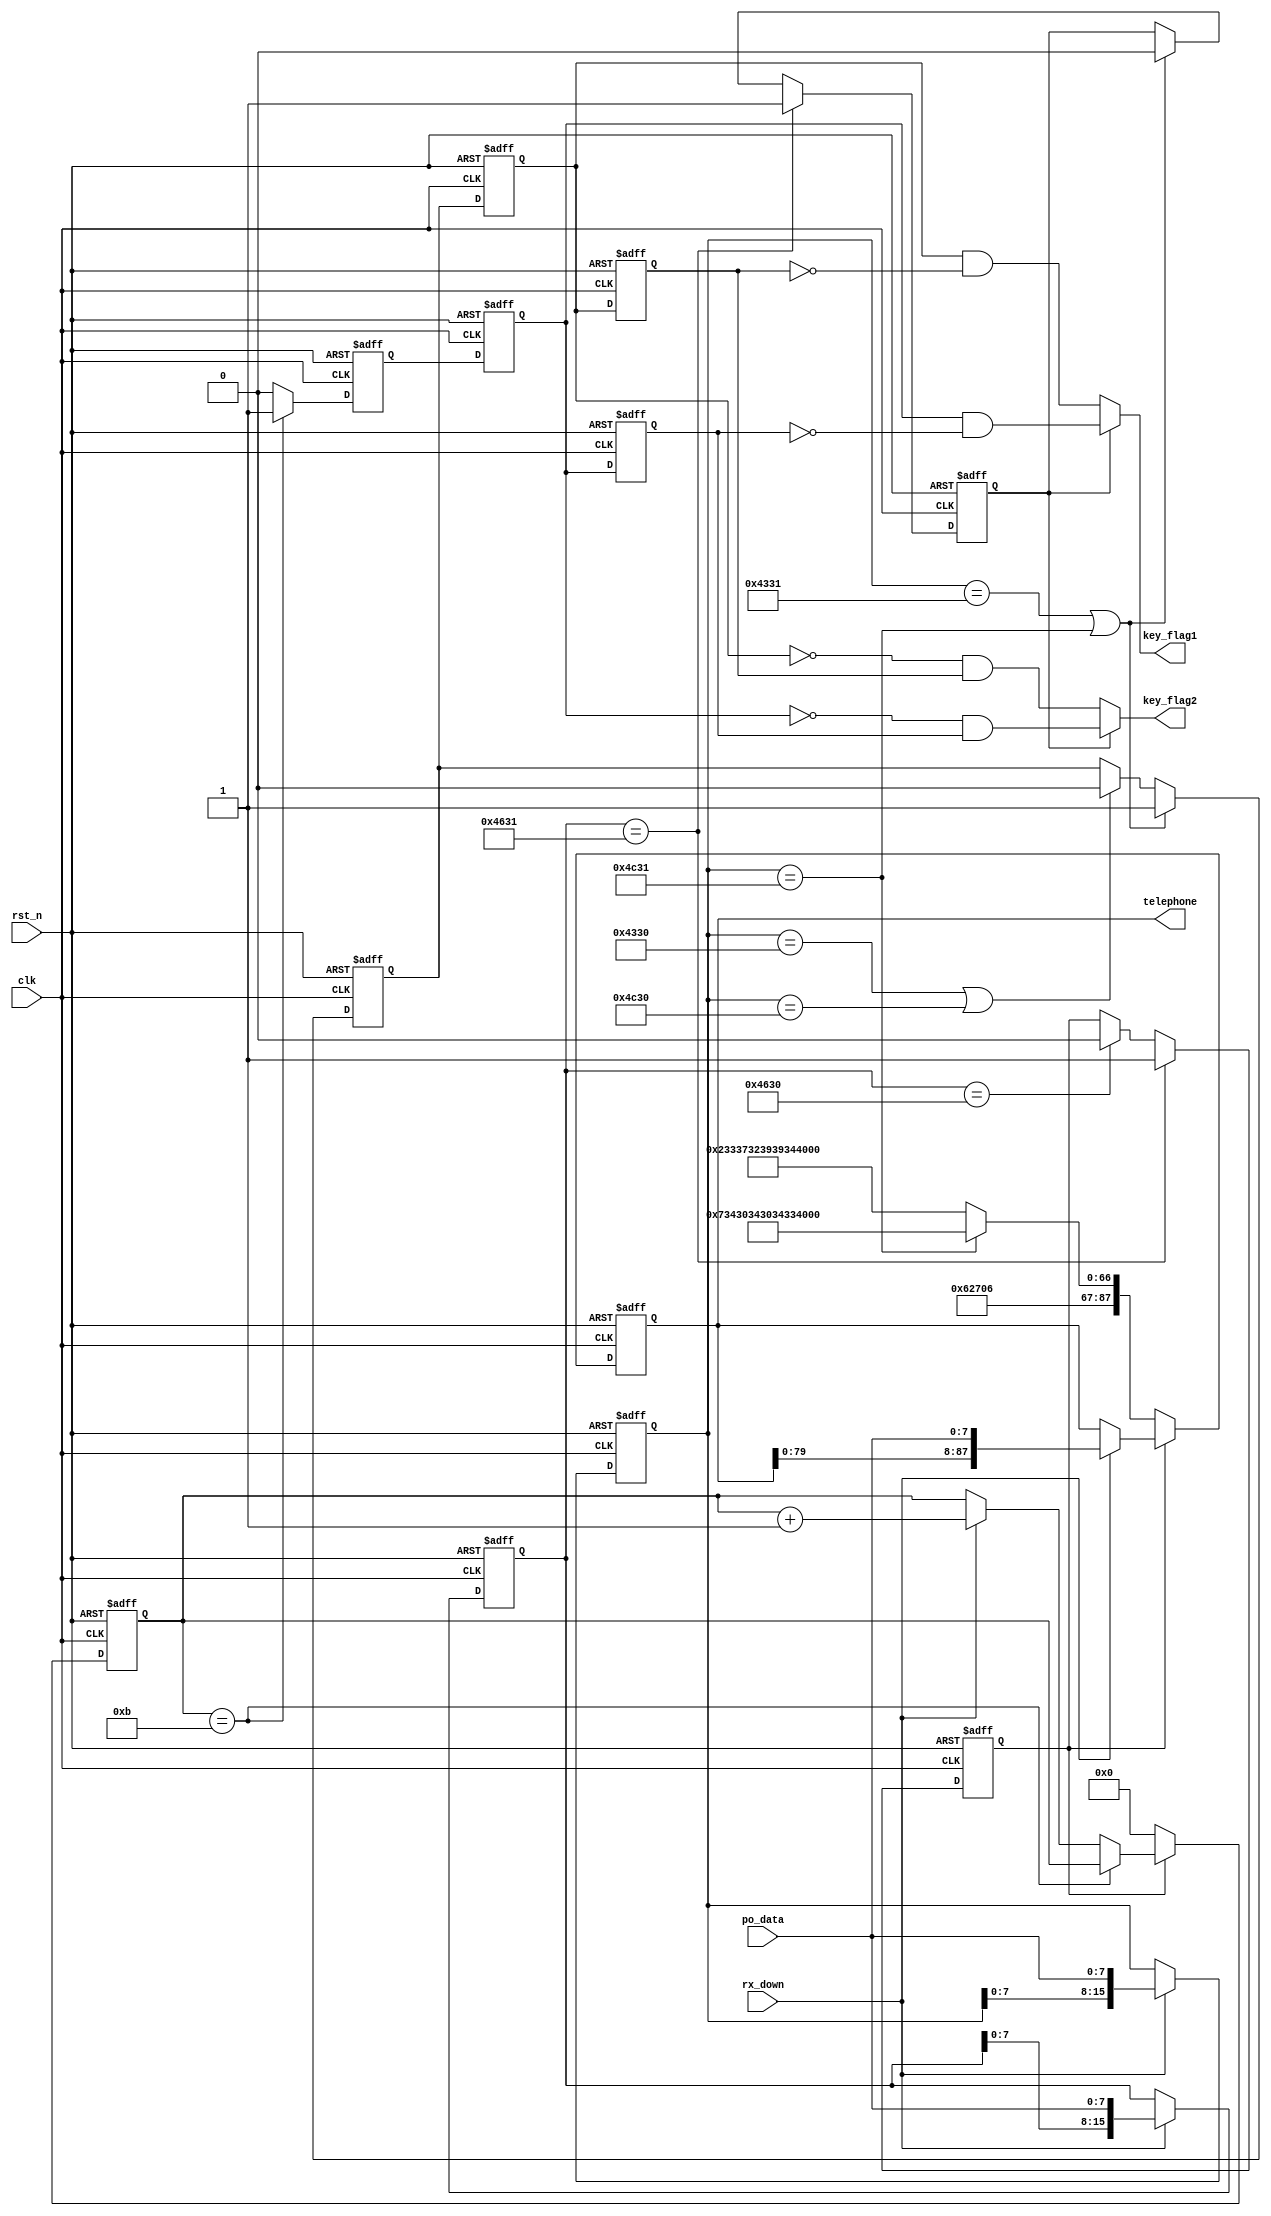
module power_te( clk,
	rst_n,
	po_data,
	rx_down,
	key_flag1,
	key_flag2,
	telephone
    );

	input clk;
	input rst_n;
	input [7:0]po_data;
	input rx_down;
	output  key_flag1;
	output  key_flag2;
	output reg [87:0]telephone;

parameter inst1 = "C1"; //1
parameter inst2 = "C0";
parameter inst3 = "F1"; //
parameter inst4 = "F0";
parameter inst5 = "L1";//2
parameter inst6 = "L0";

reg [15:0]com1;
reg [15:0]com2;
reg en_change;
reg en_choice;
reg [3:0]en_count;
reg en_te0;//
reg en_te1;//
reg temp1,temp2,temp3,temp4;
parameter telephone_reg1 = "18237299475";//
parameter telephone_reg2 = "18740404399";//

assign key_flag1 = (en_choice)?(temp3 & (~temp4)):(temp1 & (~temp2));//
assign key_flag2 = (en_choice)?(~temp3 & temp4):(~temp1 & temp2); // 

//key_flag
always @(posedge clk or negedge rst_n)
    if(!rst_n)
	    en_choice <= 0;
	else if(com2 == inst3)
	    en_choice <= 1;
	else if(com1 == inst1 || com1 == inst5)
	    en_choice <= 0;
	else 
	    en_choice <= en_choice;
		
//			
always@(posedge clk or negedge rst_n)
    if(!rst_n)
	    telephone <= telephone_reg1;
	else if(en_change )//&& (en_count != 11))
	    if(rx_down)
		    telephone <= {telephone[79:0],po_data};
		else 
		    telephone <= telephone;
	else if(com1 == inst5)
	    telephone <= telephone_reg2;
	else 
	    telephone <= telephone_reg1;

// 
always @(posedge clk or negedge rst_n)
    if(!rst_n)
	    temp1 <= 0;
	else 
	    temp1 <= en_te0;
		
always @(posedge clk or negedge rst_n)
    if(!rst_n)
	    temp2 <= 0;
	else 
	    temp2 <= temp1;	


always @(posedge clk or negedge rst_n)
    if(!rst_n)
	    temp3 <= 0;
	else 
	    temp3 <= en_te1;
		
always @(posedge clk or negedge rst_n)
    if(!rst_n)
	    temp4 <= 0;
	else 
	    temp4 <= temp3;			
//

always @(posedge clk or negedge rst_n)
    if(!rst_n)
	    com1 <= 0;
	else if( rx_down )
	    com1 <= {com1[7:0],po_data};
	else 
	    com1 <= com1;
	
always @(posedge clk or negedge rst_n)
    if(!rst_n)
	    com2 <= 0;
	else if( rx_down )
	    com2 <= {com2[7:0],po_data};
	else 
	    com2 <= com2;
		
//		
always @(posedge clk or negedge rst_n)
    if(!rst_n)
	    en_te0 <= 0;
	else if(com1 == inst1 || com1 == inst5)
	    en_te0 <= 1;
	else if(com1 == inst2 || com1 == inst6)
	    en_te0 <= 0;
	else 
	    en_te0 <= en_te0;	
		
//
always @(posedge clk or negedge rst_n)
    if(!rst_n)
	    en_change <= 0;
	else if(com2 == inst3)
	    en_change <= 1;
	else if(com2 == inst4)
	    en_change <= 0;
	else 
	    en_change <= en_change;	
		
//11
always @(posedge clk or negedge rst_n)
    if(!rst_n)
        en_count <= 0;
    else if(en_change)
        if(en_count == 11)
		    en_count <= en_count;
		else if(rx_down)
		    en_count <= en_count + 1'b1;
		else 
		    en_count <= en_count;
	else 
	    en_count <= 0;
//		
always @(posedge clk or negedge rst_n)
    if(!rst_n)
	    en_te1 <= 0;
	else if(en_count == 11)
	    en_te1 <= 1;
	else 
	    en_te1 <= 0;
		
		
		
endmodule